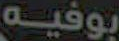
بوفيه